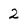
Character: 2